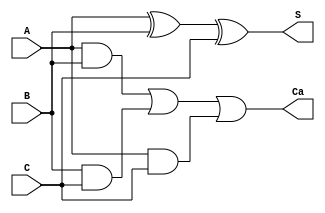
`timescale 1ns / 1ps
//////////////////////////////////////////////////////////////////////////////////
// Company: 
// Engineer: 
// 
// Design Name: 
// Module Name: FA
// Project Name: 
// Target Devices: 
// Tool Versions: 
// Description: 
// 
// Dependencies: 
// 
// Revision:
// Revision 0.01 - File Created
// Additional Comments:
// 
//////////////////////////////////////////////////////////////////////////////////


module FA(A, B, C, S, Ca);
    input A, B, C;
    output S, Ca;
    
    assign Ca = A&B | B&C | A&C;
    assign S = A^ B^ C;
endmodule